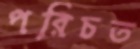
পরিচত